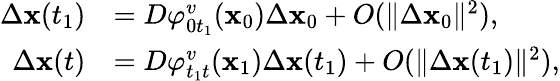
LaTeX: \begin{array}{rl}{\Delta\textbf{x}(t_{1})}&{=D\varphi_{0t_{1}}^{v}(\textbf{x}_{0})\Delta\textbf{x}_{0}+O(\| \Delta\textbf{x}_{0}\| ^{2}),}\\ {\Delta\textbf{x}(t)}&{=D\varphi_{t_{1}t}^{v}(\textbf{x}_{1})\Delta\textbf{x}(t_{1})+O(\| \Delta\textbf{x}(t_{1})\| ^{2}),}\end{array}